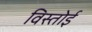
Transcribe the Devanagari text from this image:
विस्तोई